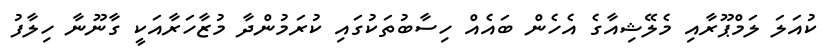
ކުއަލަ ލަމްޕޫރާއި މެލޭޝިއާގެ އެހެން ބައެއް ހިސާބުތަކުގައި ކުރަމުންދާ މުޒާހަރާއަކީ ގާނޫނާ ހިލާފު